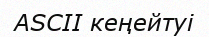
ASCII кеңейтуі